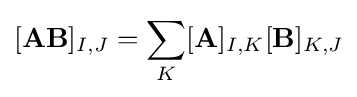
[\mathbf {AB} ]_{I,J}=\sum _{K}[\mathbf {A} ]_{I,K}[\mathbf {B} ]_{K,J}